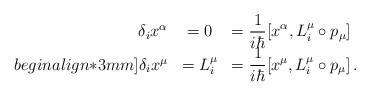
LaTeX: \begin{align*}\begin{array}{rcl}\delta_{i} x^{\alpha}&=0&=\displaystyle\frac{1}{i\hbar}[x^{\alpha}, L^{\mu}_{i}\circ p_{\mu}] \\begin{align*}3mm] \delta_{i}x^{\mu}&=L^{\mu}_{i}&=\displaystyle\frac{1}{i\hbar} [x^{\mu},L^{\mu}_{i}\circ p_{\mu}]\,.\end{array}\end{align*}